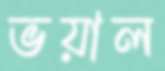
ভয়াল